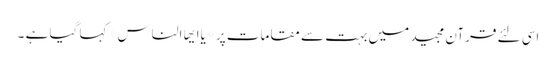
اسی لئے قرآن مجید میں بہت سے مقامات پر *یاایھا الناس* کہا گیا ہے ۔